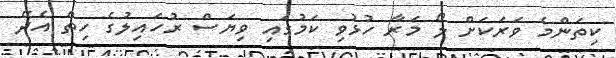
ކިތަންމެ ވަރަކަށް ލޯ މަރާ ހުޅުވި ކަމުގައި ވިޔަސް ރުހައިލުގެ ހިތް އެދޭ